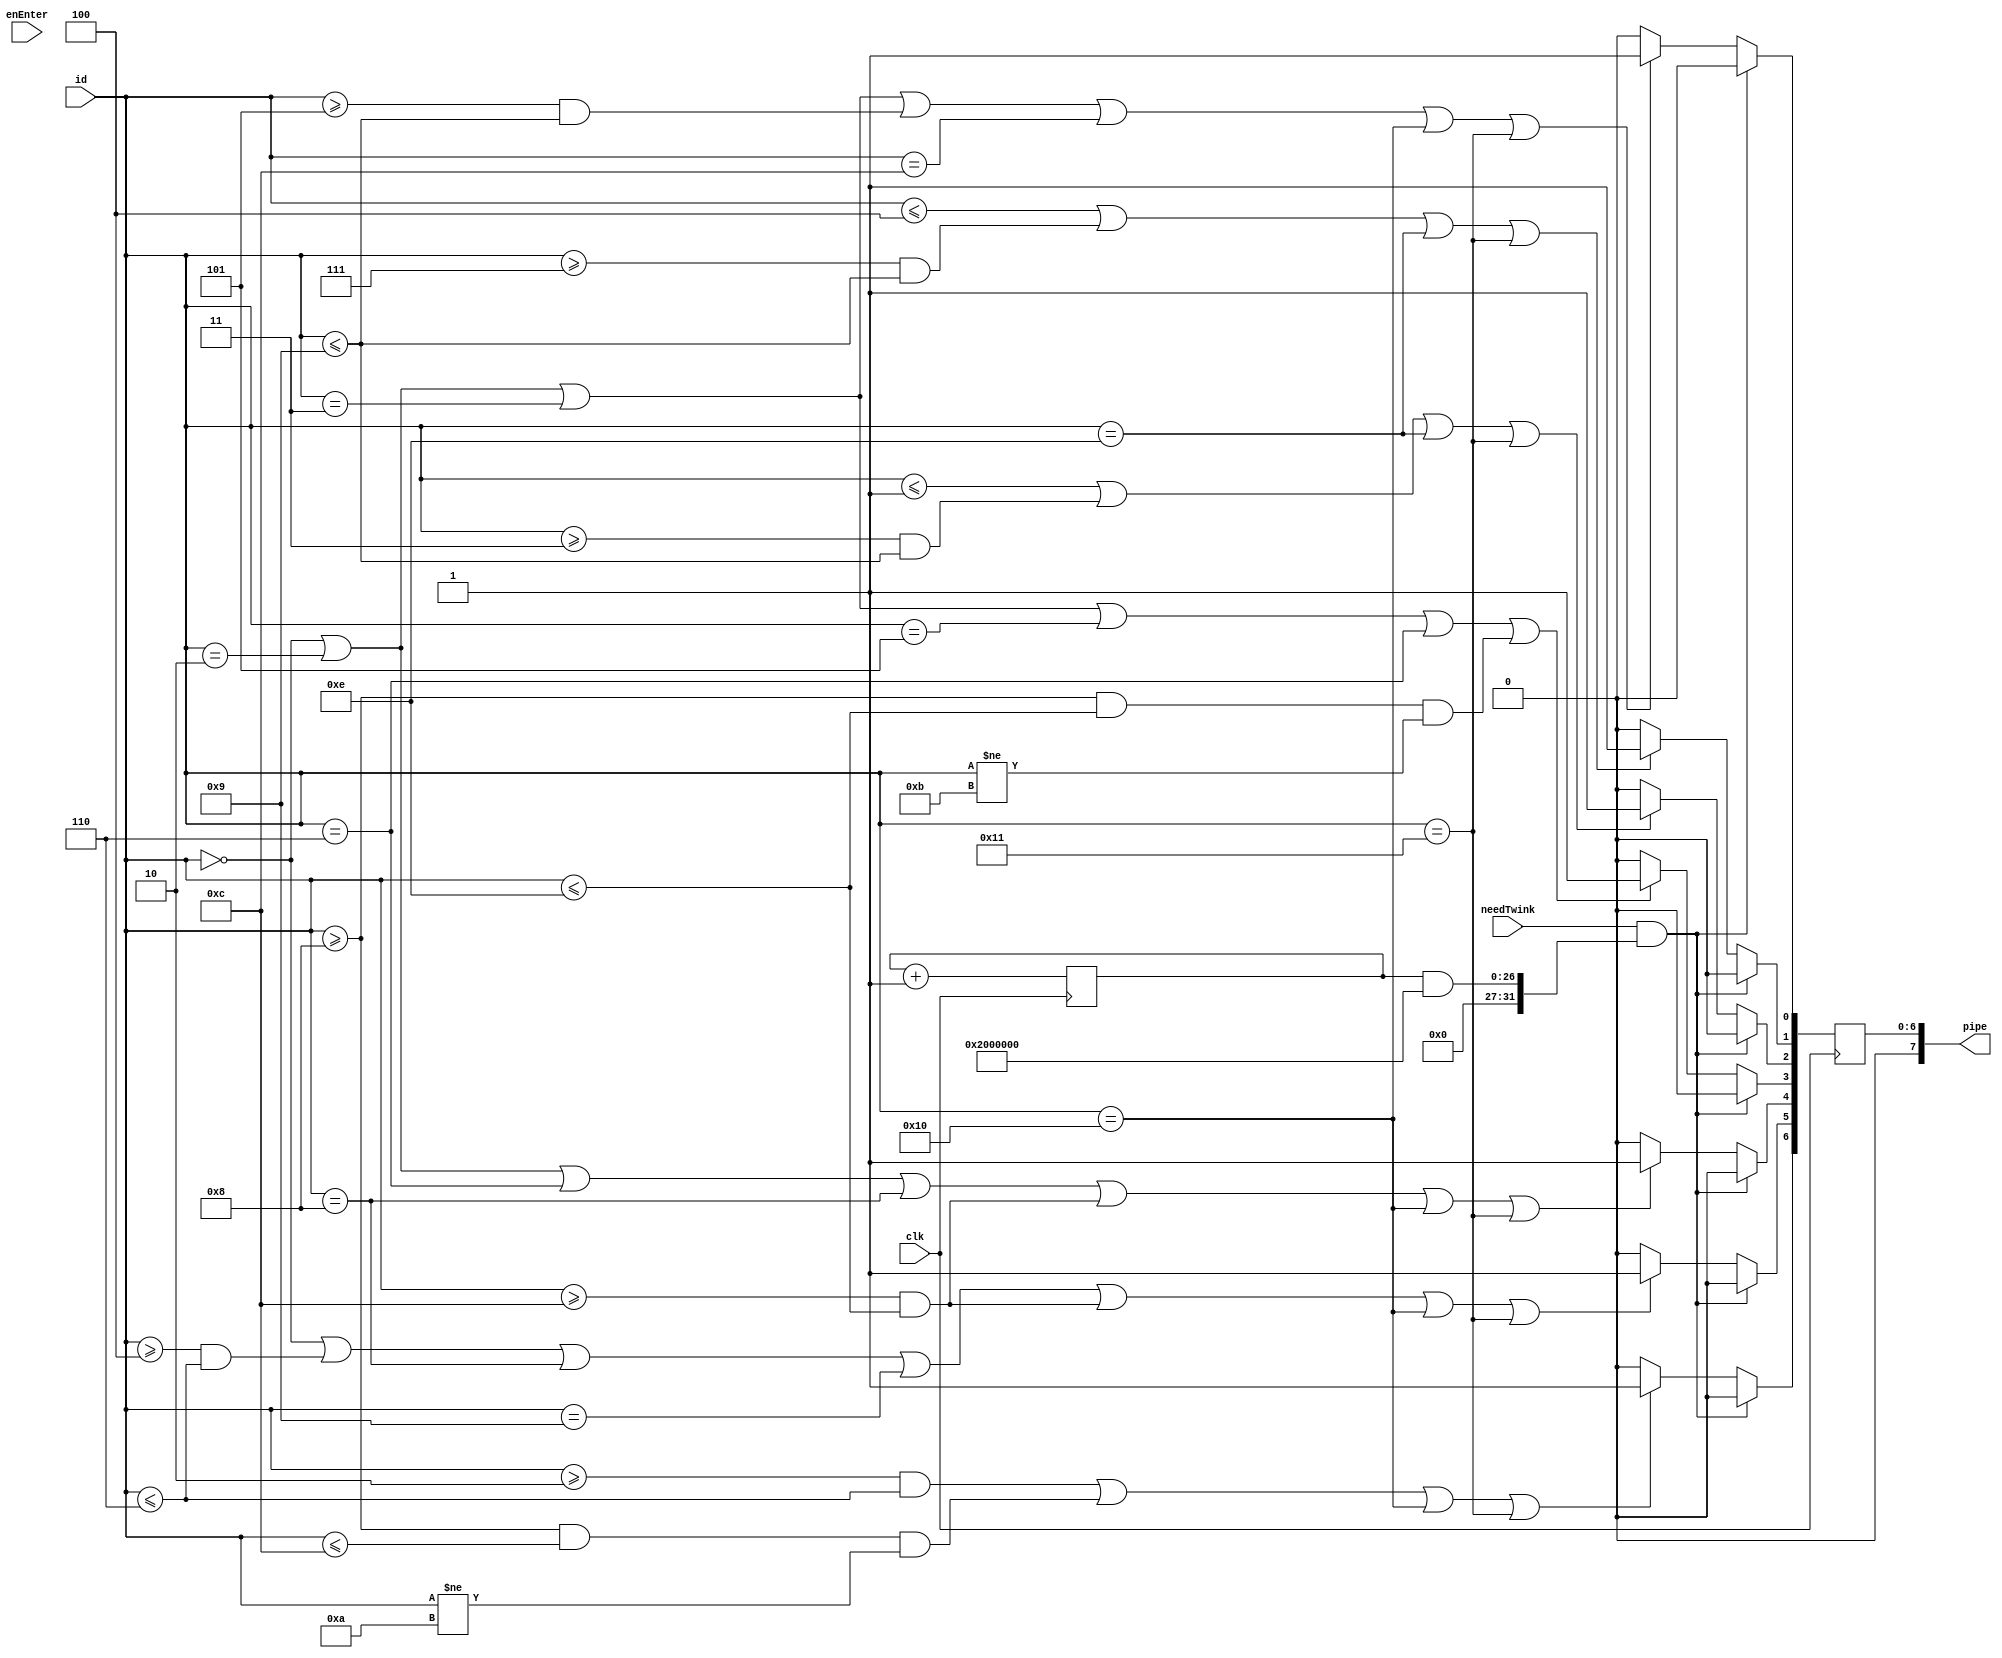
`timescale 1ns / 1ps
//////////////////////////////////////////////////////////////////////////////////
// Company: 
// Engineer: 
// 
// Design Name: 
// Module Name: displaySingle
// Project Name: 
// Target Devices: 
// Tool Versions: 
// Description: 
// 
// Dependencies: 
// 
// Revision:
// Revision 0.01 - File Created
// Additional Comments:
// 
//////////////////////////////////////////////////////////////////////////////////


module displaySingle(clk, enEnter, needTwink, id, pipe);

    parameter digitTwinkCntRange = 26;
    reg [digitTwinkCntRange:0] digitTwinkCnt;

	input clk;
	input enEnter;
	input needTwink;
	input [4:0] id;
	output [7:0] pipe;

	reg [7:0] pipe;
	
	/*
	0 : 0
	1 : 1
	2 : 2
	3 : 3
	4 : 4
	5 : 5
	6 : 6
	7 : 7
	8 : 8
	9 : 9
	10: _
	11: -
	12: E
	13: L
	14: U
	15: NONE
	16: F
	17: A
	*/

	initial begin
		pipe <= 8'b00000000;
		digitTwinkCnt <= 0;
	end

	always @(posedge clk) begin
	
        if (needTwink && (digitTwinkCnt & (1 << (digitTwinkCntRange - 1)))) begin
            pipe <= 8'b00000000;
        end
        
        else begin
            if (id == 0 || id == 2 || id == 3 || (id >= 5 && id <= 9) || 
                id == 12 || id == 16 || id == 17)
                pipe[0] <= 1;
            else
                pipe[0] <= 0;
    
            if (id <= 4 || (id >= 7 && id <= 9) || 
                id == 14 || id == 17)
                pipe[1] <= 1;
            else
                pipe[1] <= 0;
    
            if (id <= 1 || (id >= 3 && id <= 9) || 
                id == 14 || id == 17)
                pipe[2] <= 1;
            else
                pipe[2] <= 0;
    
            if (id == 0 || id == 2 || id == 3 || id == 5 || id == 6 || (id >= 8 && id <= 14 && id != 11))
                pipe[3] <= 1;
            else
                pipe[3] <= 0;
    
            if (id == 0 || id == 2 || id == 6 || id == 8 || 
               (id >= 12 && id <= 14) || id == 16 || id == 17)
                pipe[4] <= 1;
            else
                pipe[4] <= 0;
    
            if (id == 0 || (id >= 4 && id <= 6) || id == 8 || id == 9 || 
               (id >= 12 && id <= 14) || id == 16 || id == 17)
                pipe[5] <= 1;
            else
                pipe[5] <= 0;
    
            if ((id >= 2 && id <= 6) || (id >= 8 && id <= 12 && id != 10) ||
                id == 16 || id == 17)
                pipe[6] <= 1;
            else
                pipe[6] <= 0;
    
            pipe[7] <= 0;
        end
        
        digitTwinkCnt <= digitTwinkCnt + 1'b1;
	end

endmodule